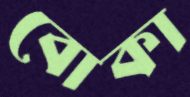
বোকা